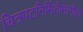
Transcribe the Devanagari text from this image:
चित्रपटनिर्मितीमागील